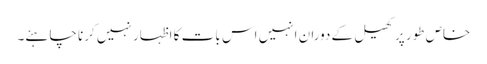
خاص طور پر کھیل کے دوران انہیں اس بات کا اظہار نہیں کرنا چاہئے۔